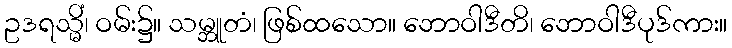
ဥဒရသ္မိံ၊ ဝမ်း၌။ သမ္ဘူတံ၊ ဖြစ်ထသော။ ဘောဝါဒီတိ၊ ဘောဝါဒီပုဒ်ကား။